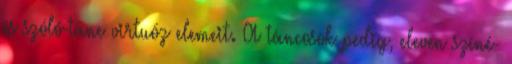
és szóló-tánc virtuóz elemeit. A táncosok pedig, eleven színé-